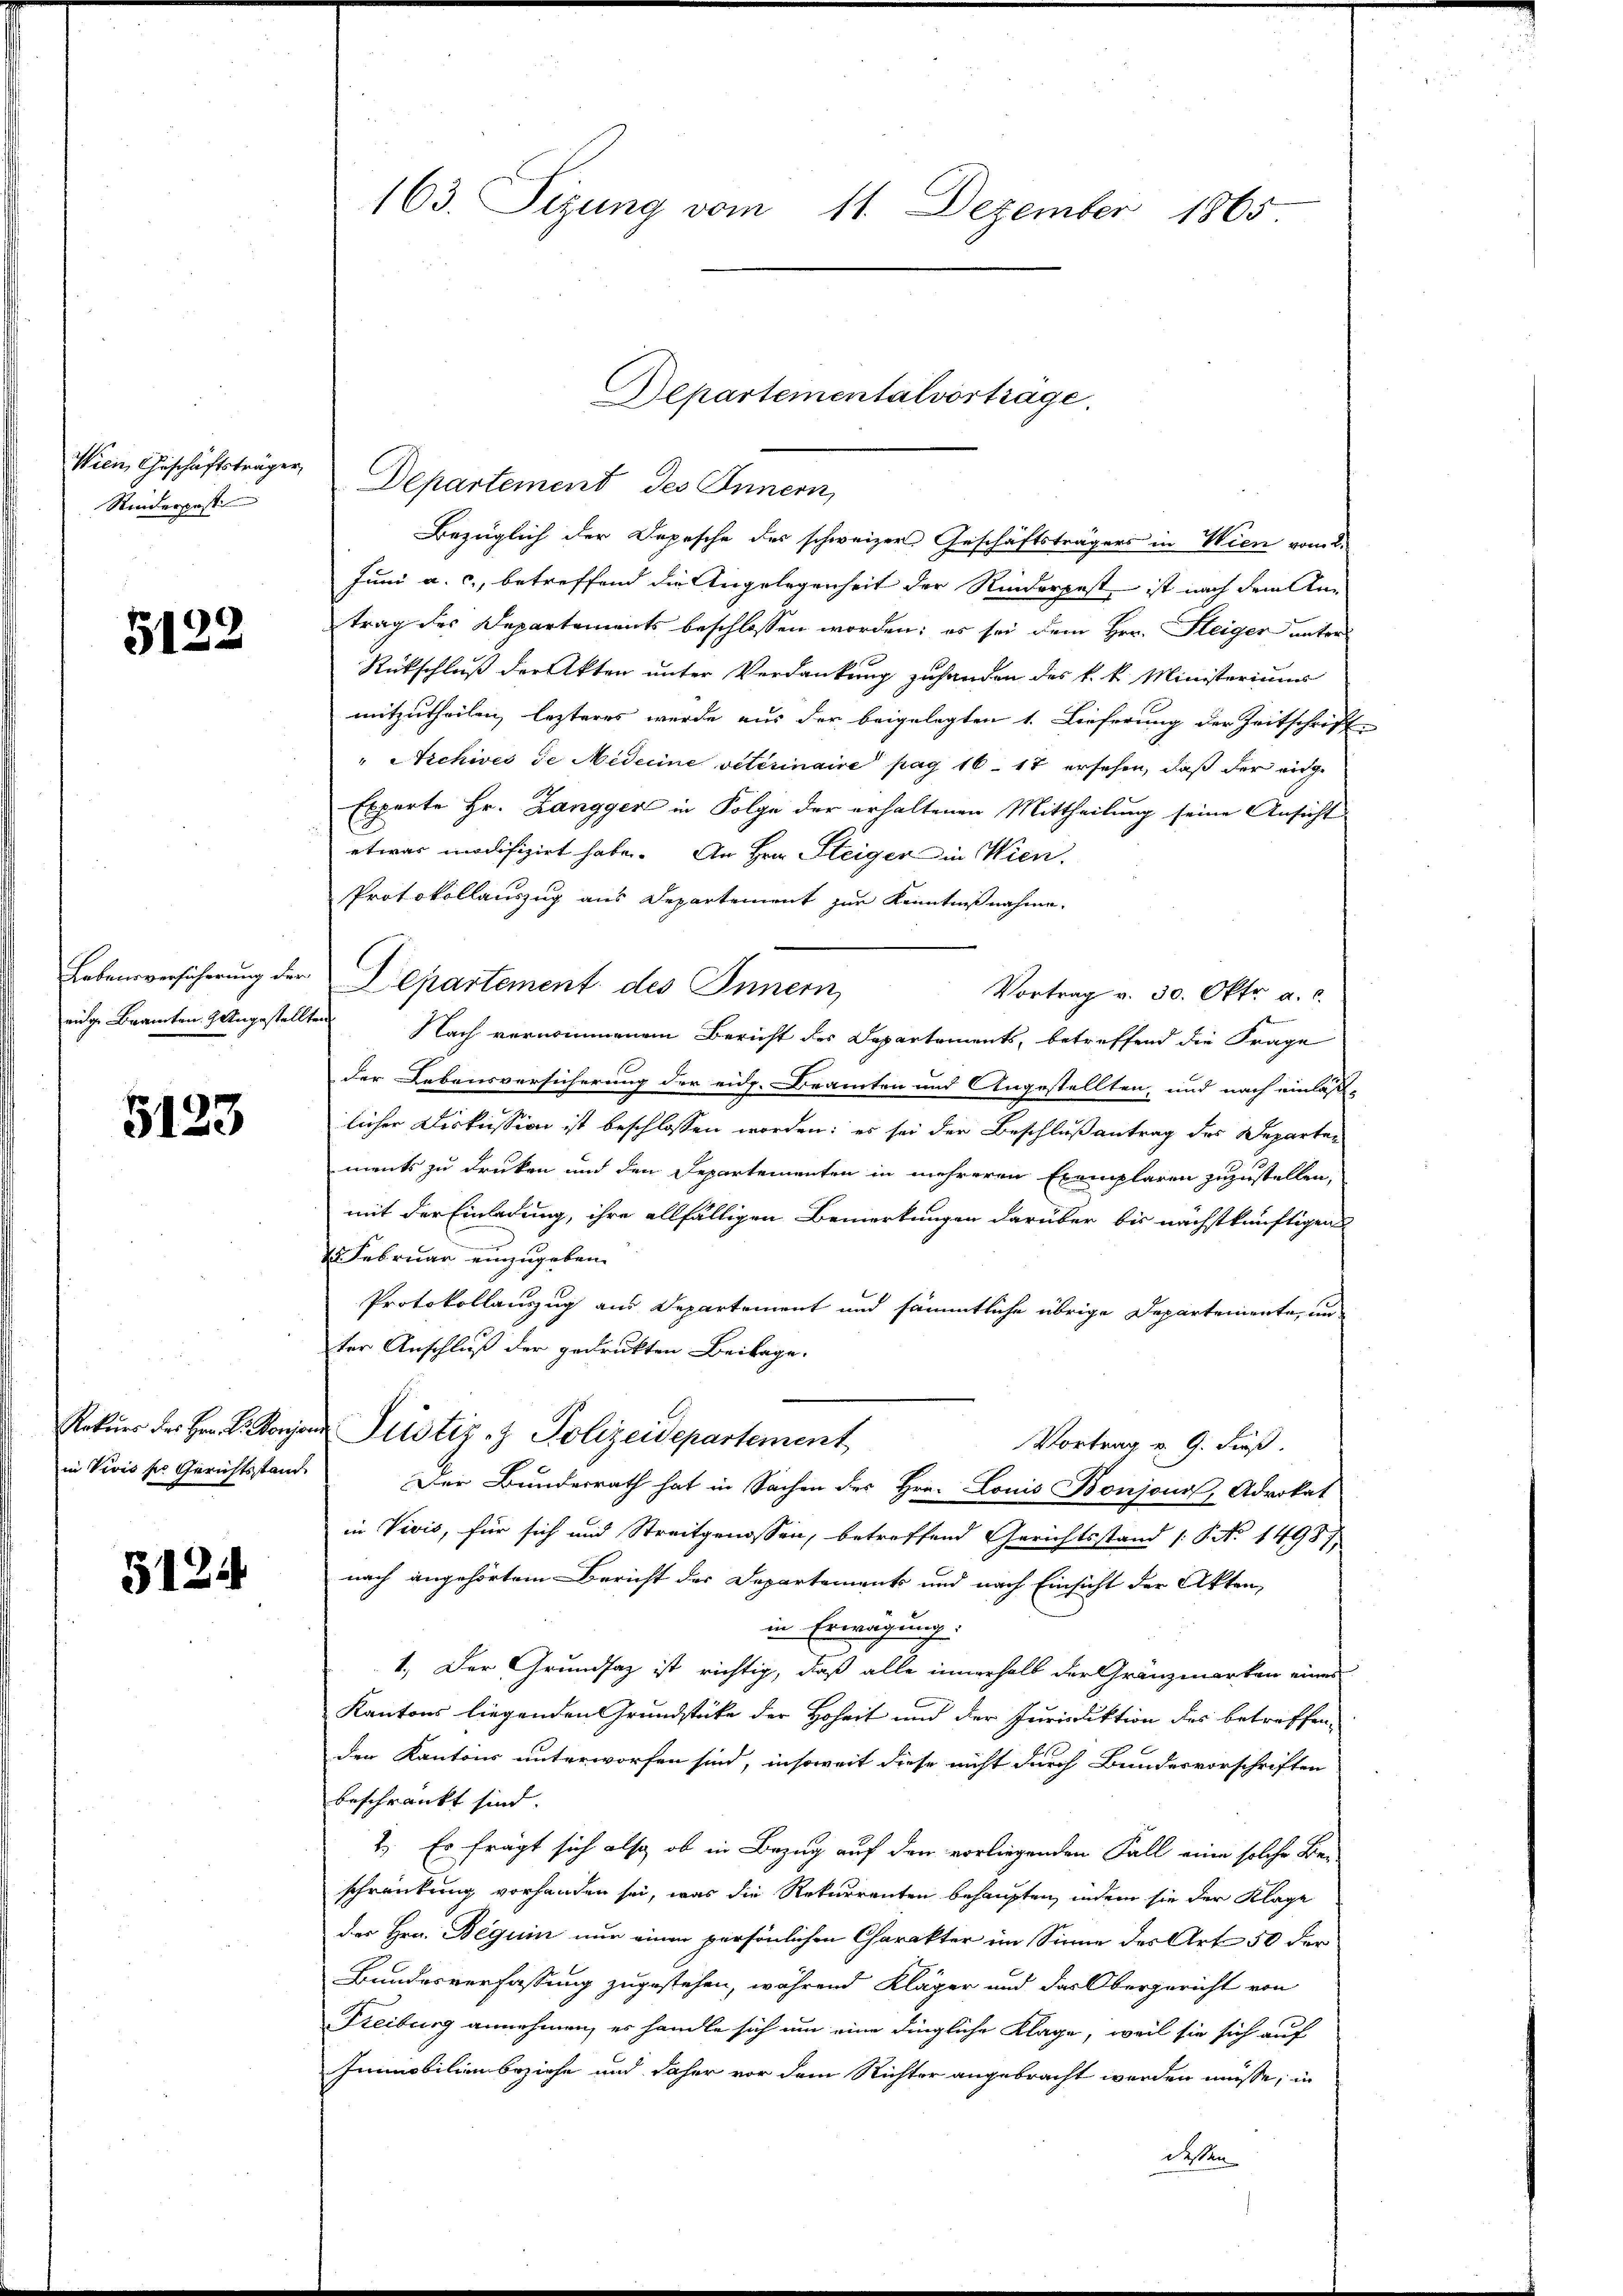
Wien Geschäftsträger,
Rinderpost

5122

rige Beamten & Angestellten

5123

3124

163. Sizung vom 11. Dezember 1865

Bezüglich der Depesche des schweizer Geschäftsträgers in Wien vom 2.
Juni a. c., betreffend die Angelegenheit der Rinderpest ist nach dem Antrag des Departements beschlossen worden; es sei dem Her. Fleiger unter-
Rückschluß der Akten unter Verdankung zuhanden des k. k. Ministeriums
mitzutheilen, lezteres werde aus der beigelegten 1. Lieferung der Zeitschrift
" Archives de Nideine vitérinaire pag 16-17 ersehen, daß der eidge
Experte Hr. Zangger in Folge der erhaltenen Mittheilung seine Ansicht
etwas modifizirt habe. An Hrn. Steiger in Wien.
Protokollauszug aus Departement zur Kenntnißnahme.
Lebensversicherung der Departement des Innern,
Vortrag v. 30. Oktr a. c.
t
Nach vernommenem Bericht des Departements, betreffend die Frage
der Lebensversicherung der eidg. Beamten und Angestellten, und nach einlasse
licher Diskussion ist beschlossen worden: es sei der Beschlußantrag des Departen
ments zu drucken und den Departementen in mehreren Exemplaren zuzustellen,
mit der Einladung, ihre allfälligen Bemerkungen darüber bis nächstkünftigen
2 Februar einzugeben.
Protokollauszug aus Departement und sämmtliche übrige Departemente, un
ter Anschluß der gedrukten Beilage.
Rekŭrs des Hrn. L. Vorja Justiz- & Polizeidepartement
Vortrag v. 9. Fuß.
in Vivis ser Gerichtsstand. Der Bunderrath hat in Sachen des Hrn. Louis Bonzona, Advokat
in Vivis, für sich und Streitgenossen, betreffend Gerichtsstand (S. No. 1498/
nach angehörtem Bericht der Departements und nach Einsicht der Akten,
in Erwägung.
1.) Der Grundsaz ist richtig, daß alle innerhalb der Gränzmarken eines
Kantons liegenden Grundstücke der Hoheit und der Jurisdiktion des betreffenden Kantons unterworfen sind, insoweit diese nicht durch Bundesvorschriften
beschränkt sind.
2. Es fragt sich also ob in Bezug auf den vorliegenden Fall eine solche Be-
schränkung vorhanden sei, was die Rekurrenten behaupten, indem sie der Klage
der Hrn. Beguin nur einen persönlichen Charakter im Sinne des Art 50 der
Bundesverfassung zugestehen, während Kläger und das Obergericht von
Freiburg annehmen, es handle sich um eine dingliche Klage, weil sie sich auf
Immobilien beziehe und daher vor dem Richter angebracht werden müsse, in
deßen

Departementalvortrage.
Departement des Innern,